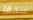
سحقا